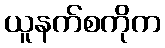
ယူနက်စကိုက